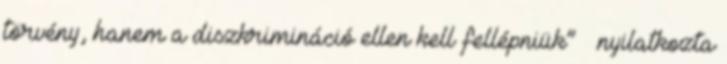
törvény, hanem a diszkrimináció ellen kell fellépniük” – nyilatkozta